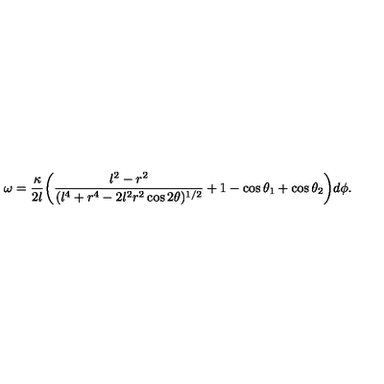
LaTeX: \omega = \frac { \kappa } { 2 l } \biggl ( \frac { l ^ { 2 } - r ^ { 2 } } { ( l ^ { 4 } + r ^ { 4 } - 2 l ^ { 2 } r ^ { 2 } \cos 2 \theta ) ^ { 1 / 2 } } + 1 - \cos \theta _ { 1 } + \cos \theta _ { 2 } \biggr ) d \phi .